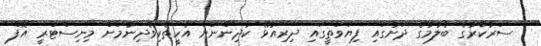
ސަރުކާރުގެ ބެލުމުގެ ދަށުގައި ފިޔަވަތީގައި ދިރިއުޅޭ ކުދިންނަށް އެހީތެރިވެދިނުމަށް މިނިސްޓްރީ އޮފް